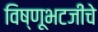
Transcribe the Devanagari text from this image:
विष्णूभटजींचे